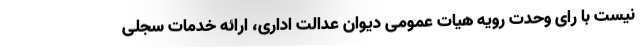
نیست با رای وحدت رویه هیات عمومی دیوان عدالت اداری، ارائه خدمات سجلی